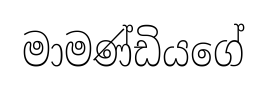
මාමණ්ඩියගේ